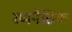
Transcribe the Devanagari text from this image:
रणनैतिक